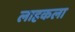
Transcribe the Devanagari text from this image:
लाहकला